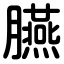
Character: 臙